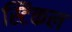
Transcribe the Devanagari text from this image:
स्टिकल